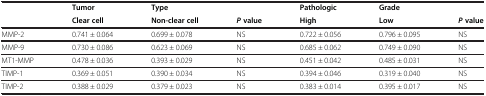
|  | Tumor | Type |  | Pathologic | Grade |  |
 |  | Clear cell | Non-clear cell | P value | High | Low | P value |
 | --- | --- | --- | --- | --- | --- | --- |
 | MMP-2 | 0.741 ± 0.064 | 0.699 ± 0.078 | NS | 0.722 ± 0.056 | 0.796 ± 0.095 | NS |
 | MMP-9 | 0.730 ± 0.086 | 0.623 ± 0.069 | NS | 0.685 ± 0.062 | 0.749 ± 0.090 | NS |
 | MT1-MMP | 0.478 ± 0.036 | 0.393 ± 0.029 | NS | 0.451 ± 0.042 | 0.485 ± 0.031 | NS |
 | TIMP-1 | 0.369 ± 0.051 | 0.390 ± 0.034 | NS | 0.394 ± 0.046 | 0.319 ± 0.040 | NS |
 | TIMP-2 | 0.388 ± 0.029 | 0.379 ± 0.023 | NS | 0.383 ± 0.014 | 0.395 ± 0.017 | NS |